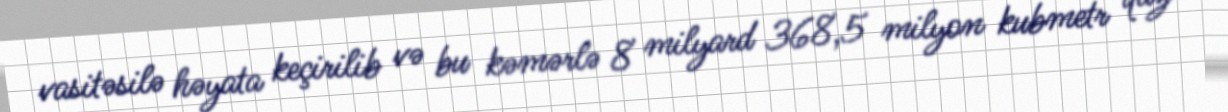
vasitəsilə həyata keçirilib və bu kəmərlə 8 milyard 368,5 milyon kubmetr qaz